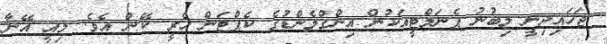
ޖަހައިދިނީ ލިބުނު ޕެނަލްޓީއަކުން އިންގްލެންޑުގެ ކެޕްޓަން ހެރީ ކޭން އެވެ. މިއީ އޭނާ